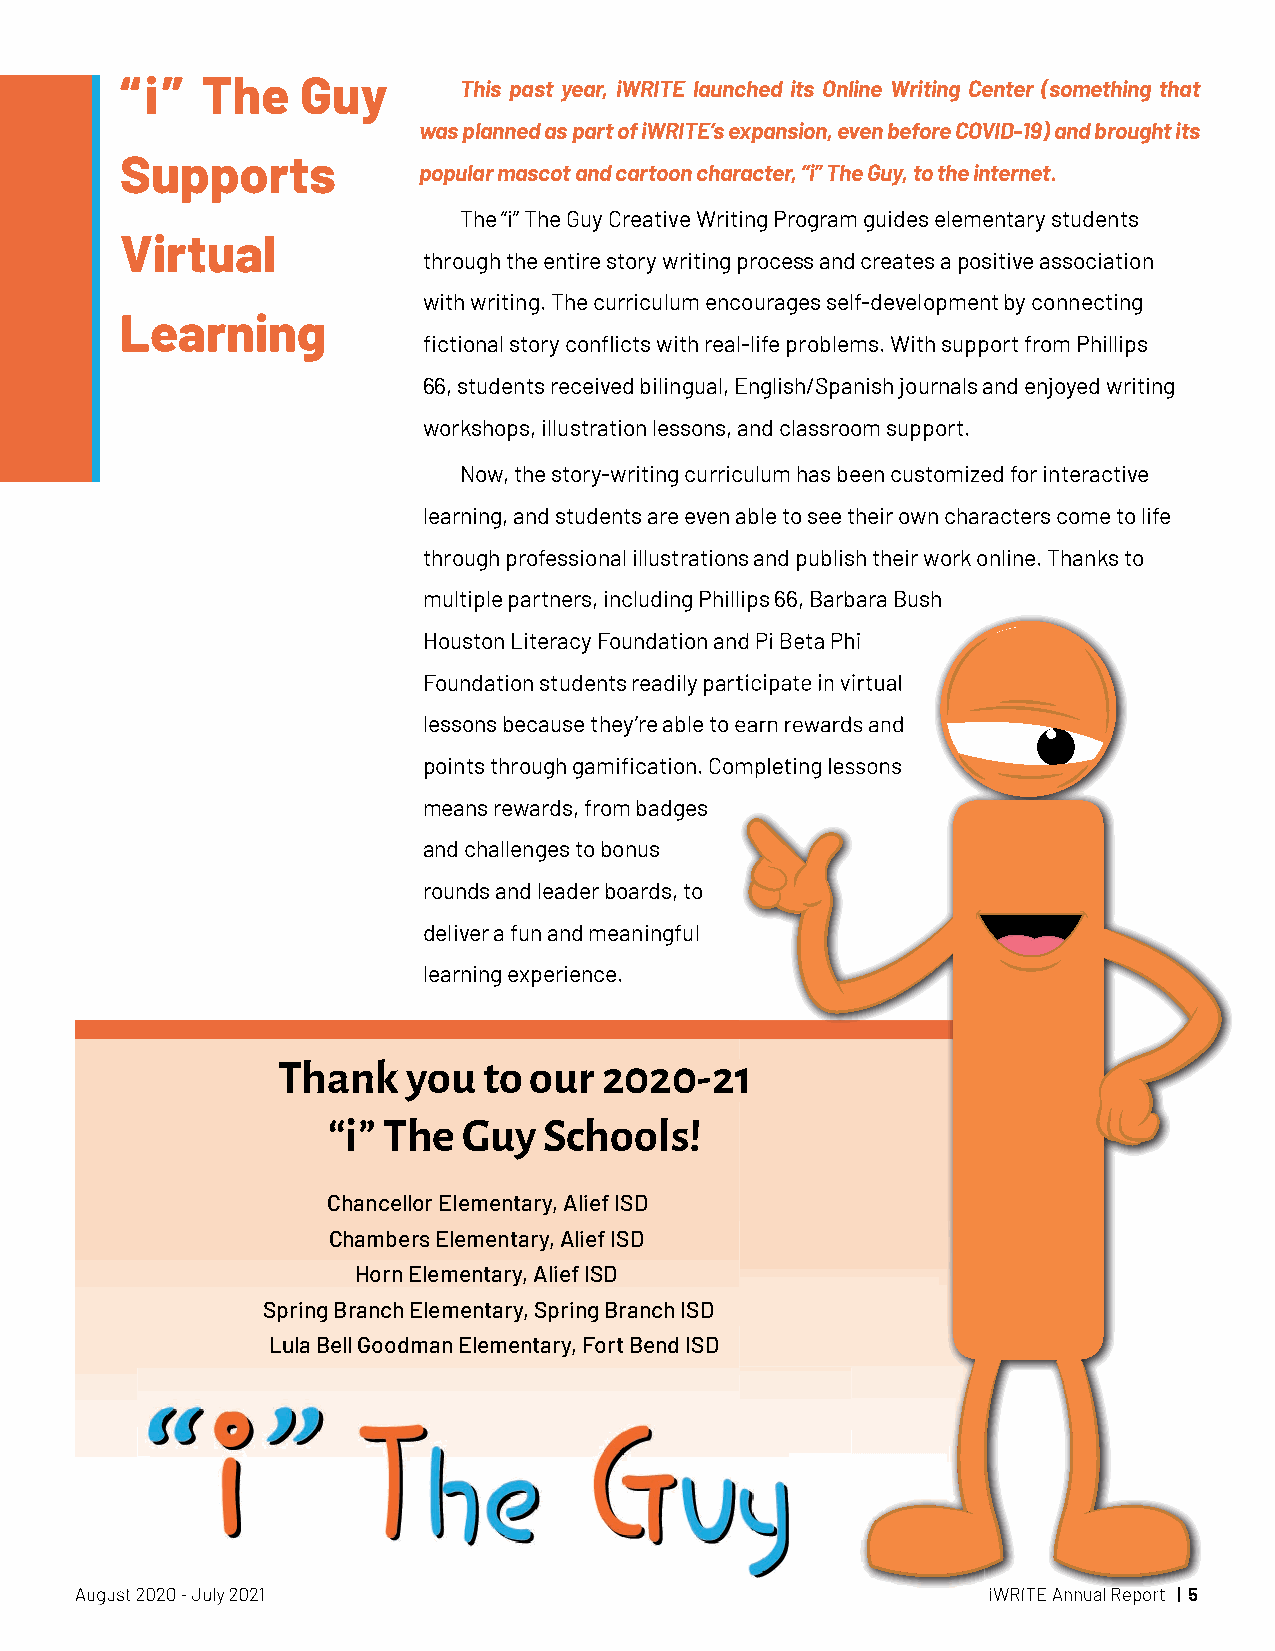
“i”  The    Guy       This past year, iWRITE launched its Online Writing Center (something that
 was planned as part of iWRITE’s expansion, even before COVID-19) and brought its
 Supports
 popular mascot and cartoon character, “i” The Guy, to the internet.
 The “i” The Guy Creative Writing Program guides elementary students
 Virtual
 through the entire story writing process and creates a positive association
 with writing. The curriculum encourages self-development by connecting
 Learning
 fictional story conflicts with real-life problems. With support from Phillips
 66, students received bilingual, English/Spanish journals and enjoyed writing
 workshops, illustration lessons, and classroom support.
 Now, the story-writing curriculum has been customized for interactive
 learning, and students are even able to see their own characters come to life
 through professional illustrations and publish their work online. Thanks to
 multiple partners, including Phillips 66, Barbara Bush
 HHoouussttoonn LLiitteerraaccyy FFoouunnddaattiioonn aanndd PPii BBeettaa PPhhii
 FFoouunnddaattiioonn ssttuuddeennttss rreeaaddiillyy ppaarrttiicciippaattee iinn vviirrttuuaall
 lleessssoonnss bbeeccaauussee tthheeyy’’rree aabbllee ttoo eeaarrnn rreewwaarrddss aanndd
 ppooiinnttss tthhrroouugghh ggaammiifificcaattiioonn.. CCoommpplleettiinngg lleessssoonnss
 means rewards, from badges
 and challenges to bonus
 rounds and leader boards, to
 deliver a fun and meaningful
 learning experience.
 TThhaannkk yyoouu ttoo oouurr 22002200--2211
 “i” The  Guy  Schools!
 Chancellor Elementary, Alief ISD
 Chambers Elementary, Alief ISD
 Horn Elementary, Alief ISD
 Spring Branch Elementary, Spring Branch ISD
 Lula Bell Goodman Elementary, Fort Bend ISD
 AAAuuuggguuusssttt 222000222000 --- JJJuuulllyyy 222000222111 iiWWRRIITTEE AAnnnnuuaall RReeppoorrtt || 55